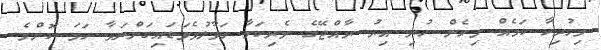
މިހުރިހާ ކަމެއް މިހެން ހުރި އިރު ރާއްޖޭގެ ވެރިކަމާ ހަވާލުވެވަޑައިގަންނަވާ ހަމަ ކޮންމެ